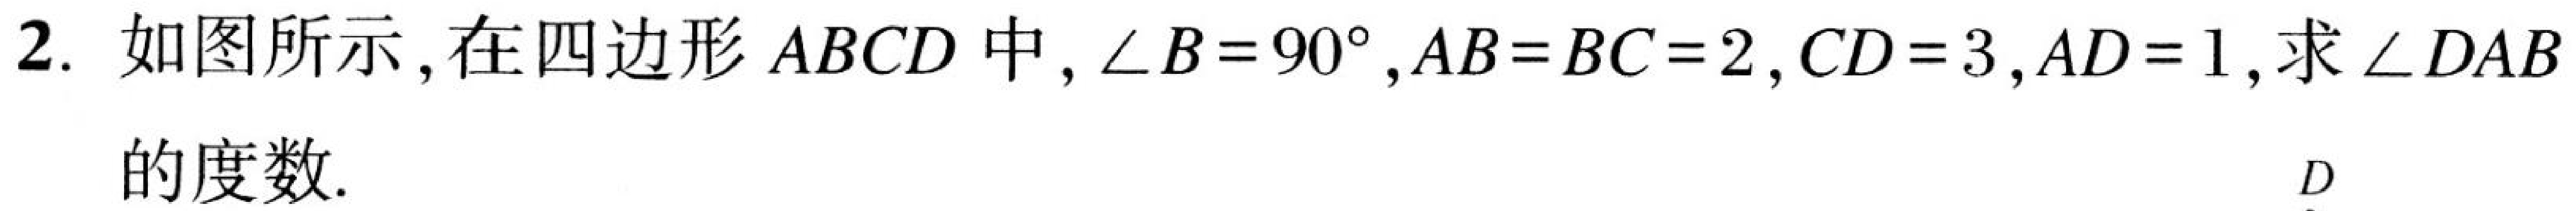
2. 如图所示，在四边形 \(ABCD\) 中，\(\angle B = 90^{\circ}\)，\(AB = BC = 2\)，\(CD = 3\)，\(AD = 1\)，求 \(\angle DAB\) 的度数.